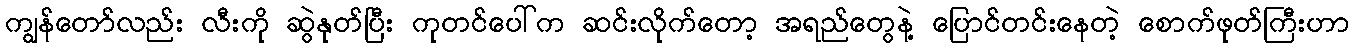
ကျွန်တော်လည်း လီးကို ဆွဲနုတ်ပြီး ကုတင်ပေါ်က ဆင်းလိုက်တော့ အရည်တွေနဲ့ ပြောင်တင်းနေတဲ့ စောက်ဖုတ်ကြီးဟာ